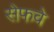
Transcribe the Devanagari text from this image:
सेफवे